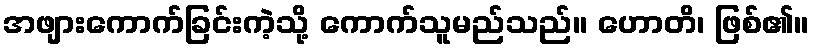
အဖျားကောက်ခြင်းကဲ့သို့ ကောက်သူမည်သည်။ ဟောတိ၊ ဖြစ်၏။